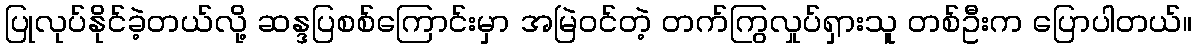
ပြုလုပ်နိုင်ခဲ့တယ်လို့ ဆန္ဒပြစစ်ကြောင်းမှာ အမြဲဝင်တဲ့ တက်ကြွလှုပ်ရှားသူ တစ်ဦးက ပြောပါတယ်။